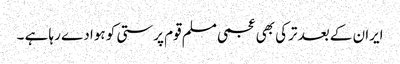
ایران کے بعد ترکی بھی عجمی مسلم قوم پرستی کو ہوا دے رہا ہے ۔